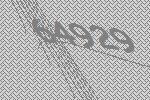
64929